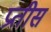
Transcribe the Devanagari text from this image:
प्रतीस